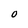
Character: O